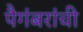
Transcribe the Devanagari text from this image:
पैगंबरांची